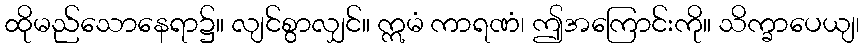
ထိုမည်သောနေရာ၌။ လျင်စွာလျှင်။ ဣမံ ကာရဏံ၊ ဤအကြောင်းကို။ သိက္ခာပေယျ၊